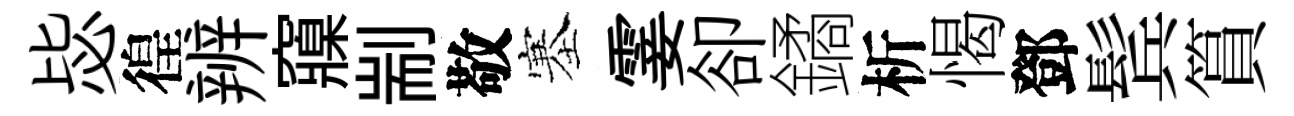
毖徨辨䆿剬敬塞霎卻鐍析愒鄧鬂篔